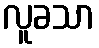
လူခသာ